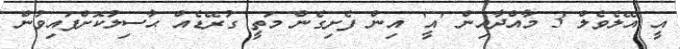
އީ އޭލެވެލް 3 މާއްދާއިން 'އީ' އިން ފެށިގެން މަތީ ގުރޭޑެއް ޙާސިލުކޮށްފައިވުން